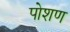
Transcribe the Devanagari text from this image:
पोशण